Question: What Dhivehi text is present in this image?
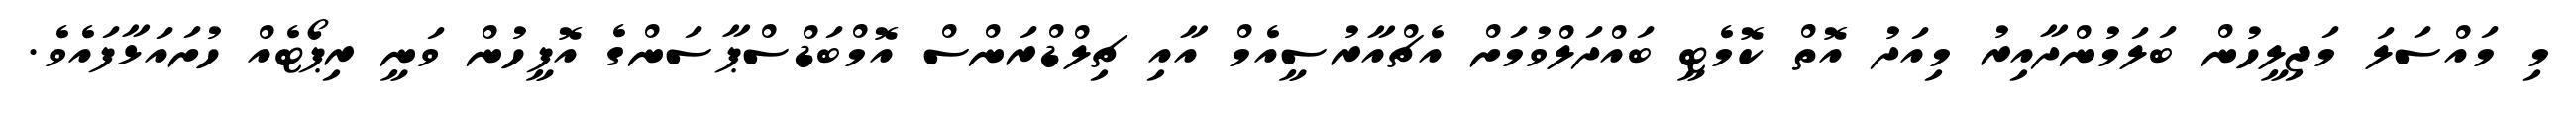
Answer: މި މައްސަލަ މަޖިލީހުން ބަލަމުންދާއިރު މިއަދު އޮތް ކޮމެޓީ ބައްދަލްވުމަށް އެޗްއާރުސީއެމް އާއި ޗިލްޑްރަންސް އޮމްބަޑްސްޕާސަންގެ އޮފީހުން ވަނީ ރިޕޯޓެއް ހުށައަޅާފައެވެ.